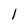
Character: l